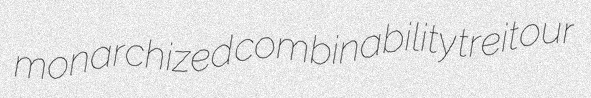
monarchized combinability treitour